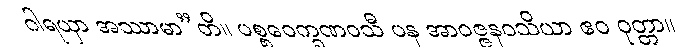
ဂါရယှာ အဿာမာ”တိ။ ပစ္စဝေက္ခဏဝသီ ပန အာဝဇ္ဇနဝသိယာ ဧဝ ဝုတ္တာ။